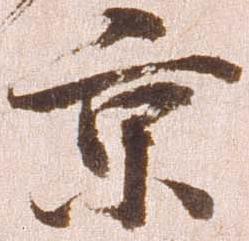
京